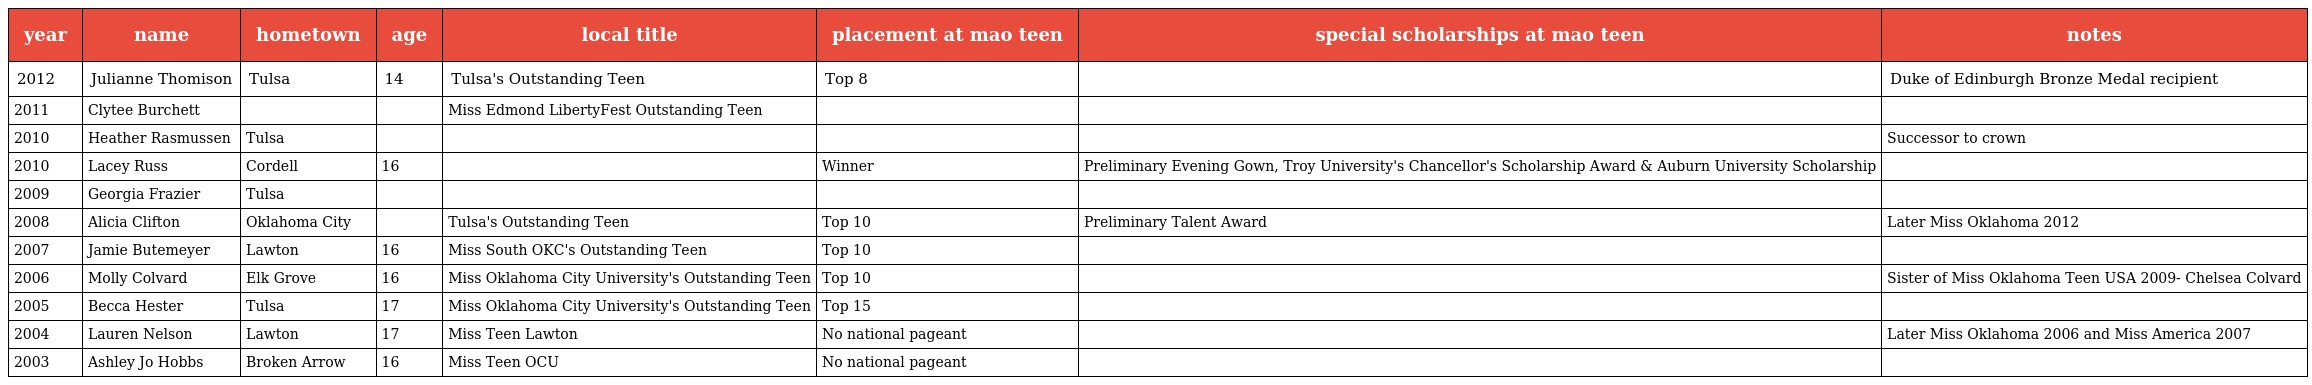
| year | name | hometown | age | local title | placement at mao teen | special scholarships at mao teen | notes |
 | --- | --- | --- | --- | --- | --- | --- | --- |
 | 2012 | Julianne Thomison | Tulsa | 14 | Tulsa's Outstanding Teen | Top 8 |  | Duke of Edinburgh Bronze Medal recipient |
 | 2011 | Clytee Burchett |  |  | Miss Edmond LibertyFest Outstanding Teen |  |  |  |
 | 2010 | Heather Rasmussen | Tulsa |  |  |  |  | Successor to crown |
 | 2010 | Lacey Russ | Cordell | 16 |  | Winner | Preliminary Evening Gown, Troy University's Chancellor's Scholarship Award & Auburn University Scholarship |  |
 | 2009 | Georgia Frazier | Tulsa |  |  |  |  |  |
 | 2008 | Alicia Clifton | Oklahoma City |  | Tulsa's Outstanding Teen | Top 10 | Preliminary Talent Award | Later Miss Oklahoma 2012 |
 | 2007 | Jamie Butemeyer | Lawton | 16 | Miss South OKC's Outstanding Teen | Top 10 |  |  |
 | 2006 | Molly Colvard | Elk Grove | 16 | Miss Oklahoma City University's Outstanding Teen | Top 10 |  | Sister of Miss Oklahoma Teen USA 2009- Chelsea Colvard |
 | 2005 | Becca Hester | Tulsa | 17 | Miss Oklahoma City University's Outstanding Teen | Top 15 |  |  |
 | 2004 | Lauren Nelson | Lawton | 17 | Miss Teen Lawton | No national pageant |  | Later Miss Oklahoma 2006 and Miss America 2007 |
 | 2003 | Ashley Jo Hobbs | Broken Arrow | 16 | Miss Teen OCU | No national pageant |  |  |